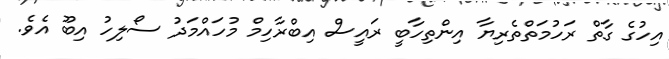
އިހުގެ ގާތް ރަހުމަތްތެރިޔާ އިންތިހާބީ ރައީސް އިބްރާހިމް މުހައްމަދު ސޯލިހު އިބޫ އެވެ.